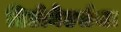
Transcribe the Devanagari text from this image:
डिटोनेटर्सचा